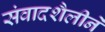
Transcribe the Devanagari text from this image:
संवादशैलीने